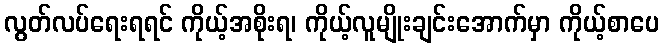
လွတ်လပ်ရေးရရင် ကိုယ့်အစိုးရ၊ ကိုယ့်လူမျိုးချင်းအောက်မှာ ကိုယ့်စာပေ